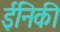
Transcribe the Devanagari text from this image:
ईनिकी